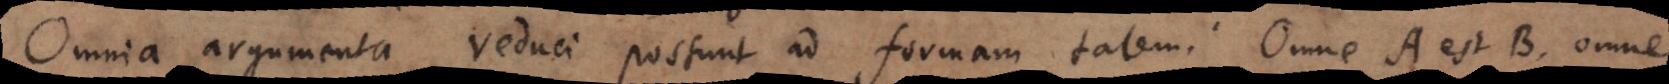
Omnia argumenta reduci possunt ad formam talem: Omne A est B, omne